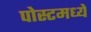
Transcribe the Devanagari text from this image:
पोस्टमध्ये